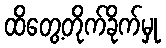
ထိတွေ့တိုက်ခိုက်မှု